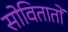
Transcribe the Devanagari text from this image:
सोवितातों